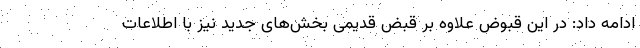
ادامه داد: در این قبوض علاوه بر قبض قدیمی بخش‌های جدید نیز با اطلاعات